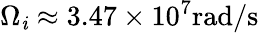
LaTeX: \Omega_{\mathit{i}}\approx3.47\times10^{7}\mathrm{{rad/s}}